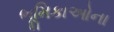
ભૂમિકાઓના